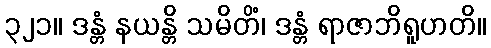
၃၂၁။ ဒန္တံ နယန္တိ သမိတိံ၊ ဒန္တံ ရာဇာဘိရူဟတိ။